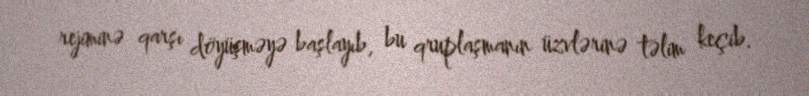
rejiminə qarşı döyüşməyə başlayıb, bu qruplaşmanın üzvlərinə təlim keçib.